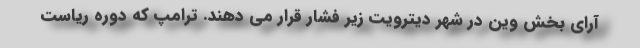
آرای بخش وین در شهر دیترویت زیر فشار قرار می دهند. ترامپ که دوره ریاست